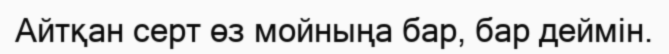
Айтқан серт өз мойныңа бар, бар деймін.